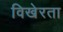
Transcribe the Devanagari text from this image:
विखेरता